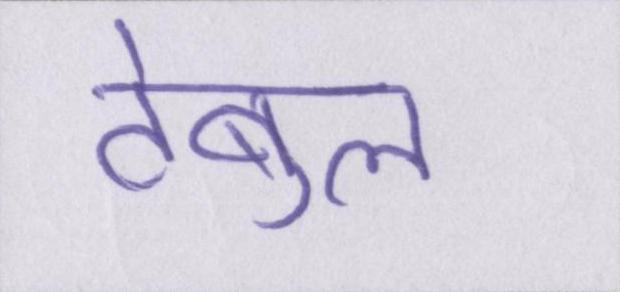
टेबुल